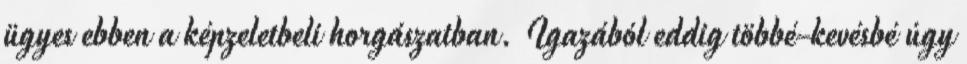
ügyes ebben a képzeletbeli horgászatban. Igazából eddig többé-kevésbé úgy